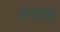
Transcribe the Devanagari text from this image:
बत्तख़